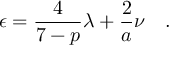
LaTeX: \epsilon = \frac { 4 } { 7 - p } { \lambda } + \frac { 2 } { a } \nu \quad .